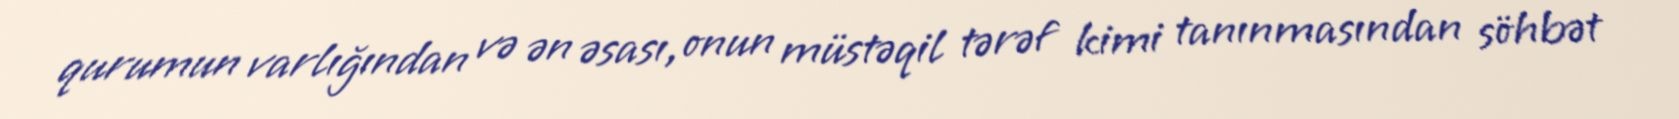
qurumun varlığından və ən əsası, onun müstəqil tərəf kimi tanınmasından söhbət